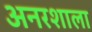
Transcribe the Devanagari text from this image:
अनरशाला